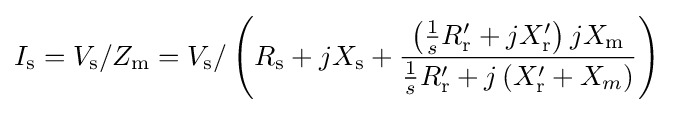
I_{\text{s}}=V_{\text{s}}/Z_{\text{m}}=V_{\text{s}}/\left(R_{\text{s}}+jX_{\text{s}}+{\frac {\left({\frac {1}{s}}R_{\text{r}}'+jX_{\text{r}}'\right)jX_{\text{m}}}{{\frac {1}{s}}R_{\text{r}}'+j\left(X_{\text{r}}'+X_{m}\right)}}\right)